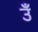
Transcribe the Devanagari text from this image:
उँ